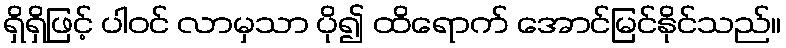
ရှိရှိဖြင့် ပါဝင် လာမှသာ ပို၍ ထိရောက် အောင်မြင်နိုင်သည်။